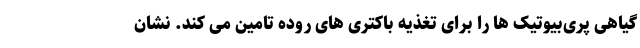
گیاهی پری‌بیوتیک ها را برای تغذیه باکتری های روده تامین می کند. نشان